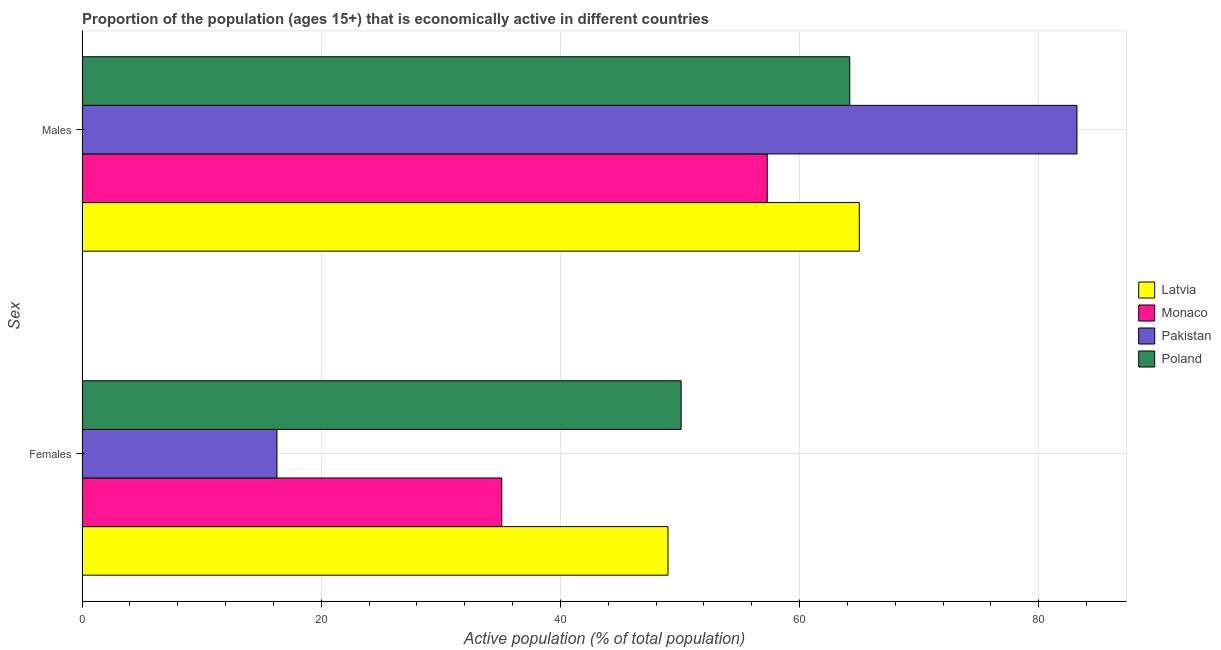
| Sex | Latvia | Monaco | Pakistan | Poland |
 | --- | --- | --- | --- | --- |
 | Females | 49 | 35.1 | 16.3 | 50.1 |
 | Males | 65 | 57.3 | 83.2 | 64.2 |